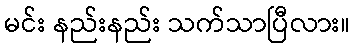
မင်း နည်းနည်း သက်သာပြီလား။